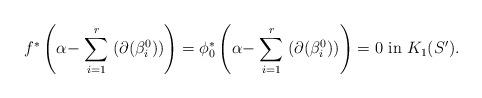
LaTeX: \begin{align*} f^*\left(\alpha - \stackrel{r}{\underset{i = 1}\sum}(\partial(\beta^0_i))\right) = \phi^*_0\left(\alpha - \stackrel{r}{\underset{i = 1}\sum}(\partial(\beta^0_i))\right) = 0 \ \mbox{in} \ K_1(S').\end{align*}